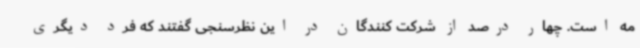
مه است. چهار درصد از شرکت کنندگان در این نظرسنجی گفتند که فرد دیگری